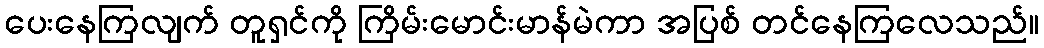
ပေးနေကြလျက် တူရှင်ကို ကြိမ်းမောင်းမာန်မဲကာ အပြစ် တင်နေကြလေသည်။